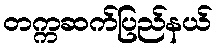
တက္ကဆက်ပြည်နယ်